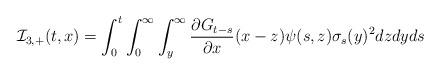
LaTeX: \begin{align*} \mathcal{I}_{3,+}(t,x) = \int_0^t \int_0^{\infty} \int_y^{\infty} \frac{\partial G_{t-s}}{\partial x}(x-z) \psi(s,z)\sigma_s(y)^2 dz dy ds\end{align*}